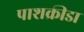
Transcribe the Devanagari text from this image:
पाशक्रीडा